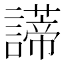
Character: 𧬺